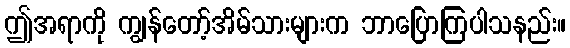
ဤအရာကို ကျွန်တော့်အိမ်သားများက ဘာပြောကြပါသနည်း။